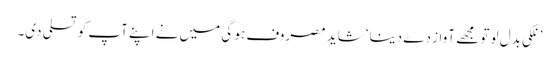
’ نلکی بدل لو تو مجھے آواز دے دینا‘ شاید مصروف ہو گی میں نے اپنے آپ کو تسلی دی۔